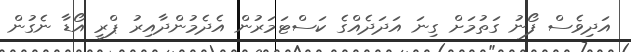
އަދިވެސް ފޯނު ގަތުމަށް ގިނަ އަދަދެއްގެ ކަސްޓަމަރުން އެދެމުންދާއިރު ޕްރީ އޯޑާ ނެގުން